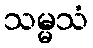
သမ္မသံ